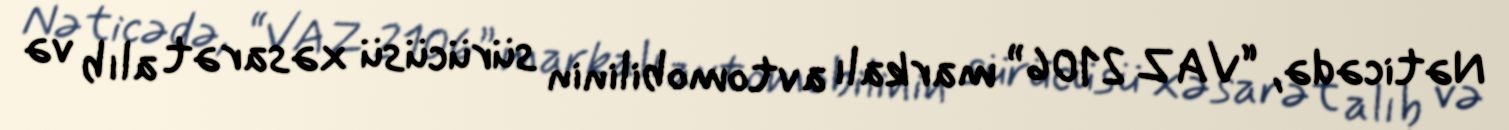
Nəticədə, “VAZ 2106” markalı avtomobilinin sürücüsü xəsarət alıb və